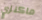
ماكنزي